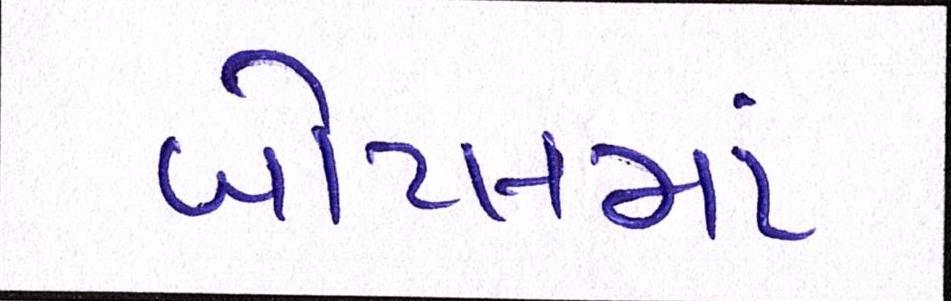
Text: બોટલમાં